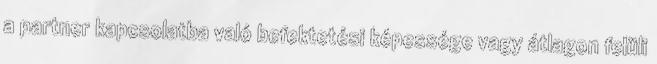
a partner kapcsolatba való befektetési képessége vagy átlagon felüli